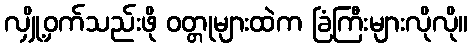
လျှို့ဝှက်သည်းဖို ဝတ္တုများထဲက ခြံကြီးများလိုလို။